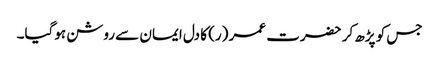
جس کو پڑھ کر حضرت عمر (ر) کا دل ایمان سے روشن ہوگیا۔